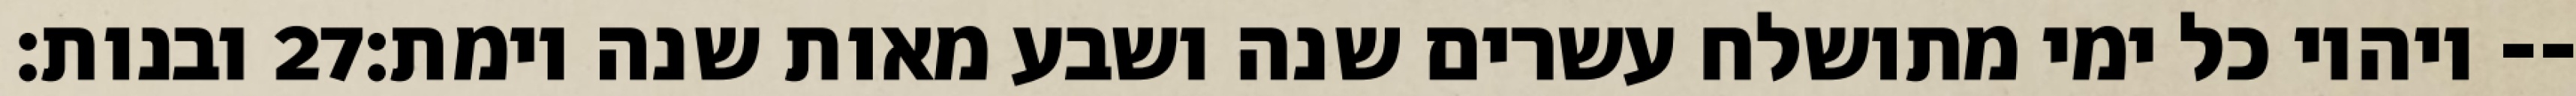
ובנות׃ ‎27‏ ויהיו כל ימי מתושלח עשרים שנה ושבע מאות שנה וימת׃--